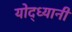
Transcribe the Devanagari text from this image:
योद्ध्यानी